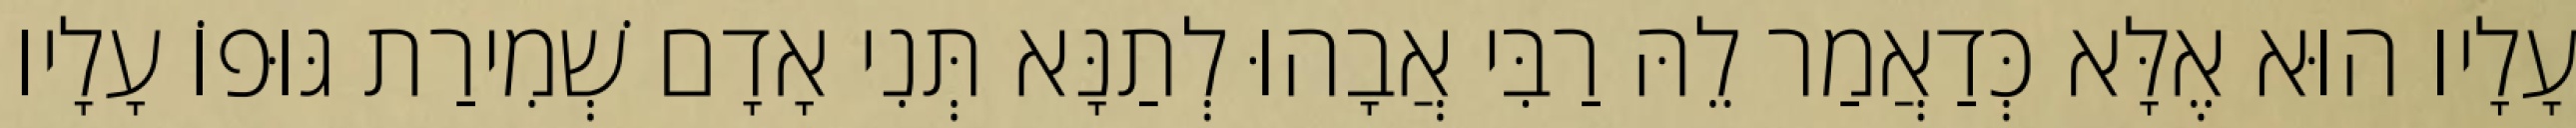
עָלָיו הוּא אֶלָּא כְּדַאֲמַר לֵהּ רַבִּי אֲבָהוּ לְתַנָּא תְּנִי אָדָם שְׁמִירַת גּוּפוֹ עָלָיו